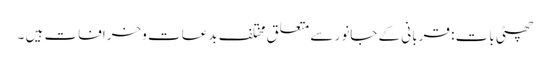
چھٹی بات : قربانی کے جانور سے متعلق مختلف بدعات وخرافات ہیں ۔